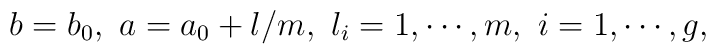
b=b_0, \, \, a=a_0+l/m,  \, \, l_i=1, \cdots , m, \, \,i=1, \cdots , g,